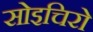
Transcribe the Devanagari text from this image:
सोइचिरो